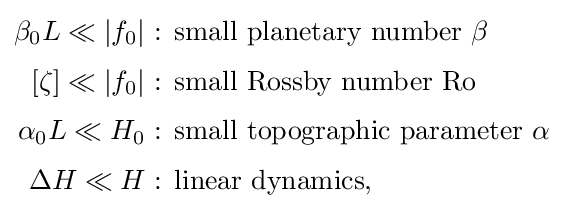
{\begin{aligned}\beta _{0}L\ll \left\vert f_{0}\right\vert &{\text{ : small planetary number }}\beta \\[3pt][\zeta ]\ll \left\vert f_{0}\right\vert &{\text{ : small Rossby number Ro}}\\[3pt]\alpha _{0}L\ll H_{0}&{\text{ : small topographic parameter }}\alpha \\[3pt]\Delta H\ll H&{\text{ : linear dynamics}},\end{aligned}}